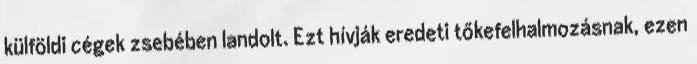
külföldi cégek zsebében landolt. Ezt hívják eredeti tőkefelhalmozásnak, ezen